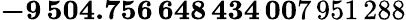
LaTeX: \mathbf{-9\, 504.756\, 648\, 434\, 00}7\, 951\, 288